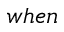
w h e n